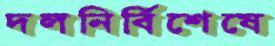
দলনির্বিশেষে